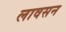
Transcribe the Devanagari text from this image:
लावसन